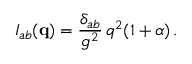
{ \cal I } _ { a b } ( { \bf q } ) = \frac { \delta _ { a b } } { g ^ { 2 } } \, q ^ { 2 } ( 1 + \alpha ) \, .